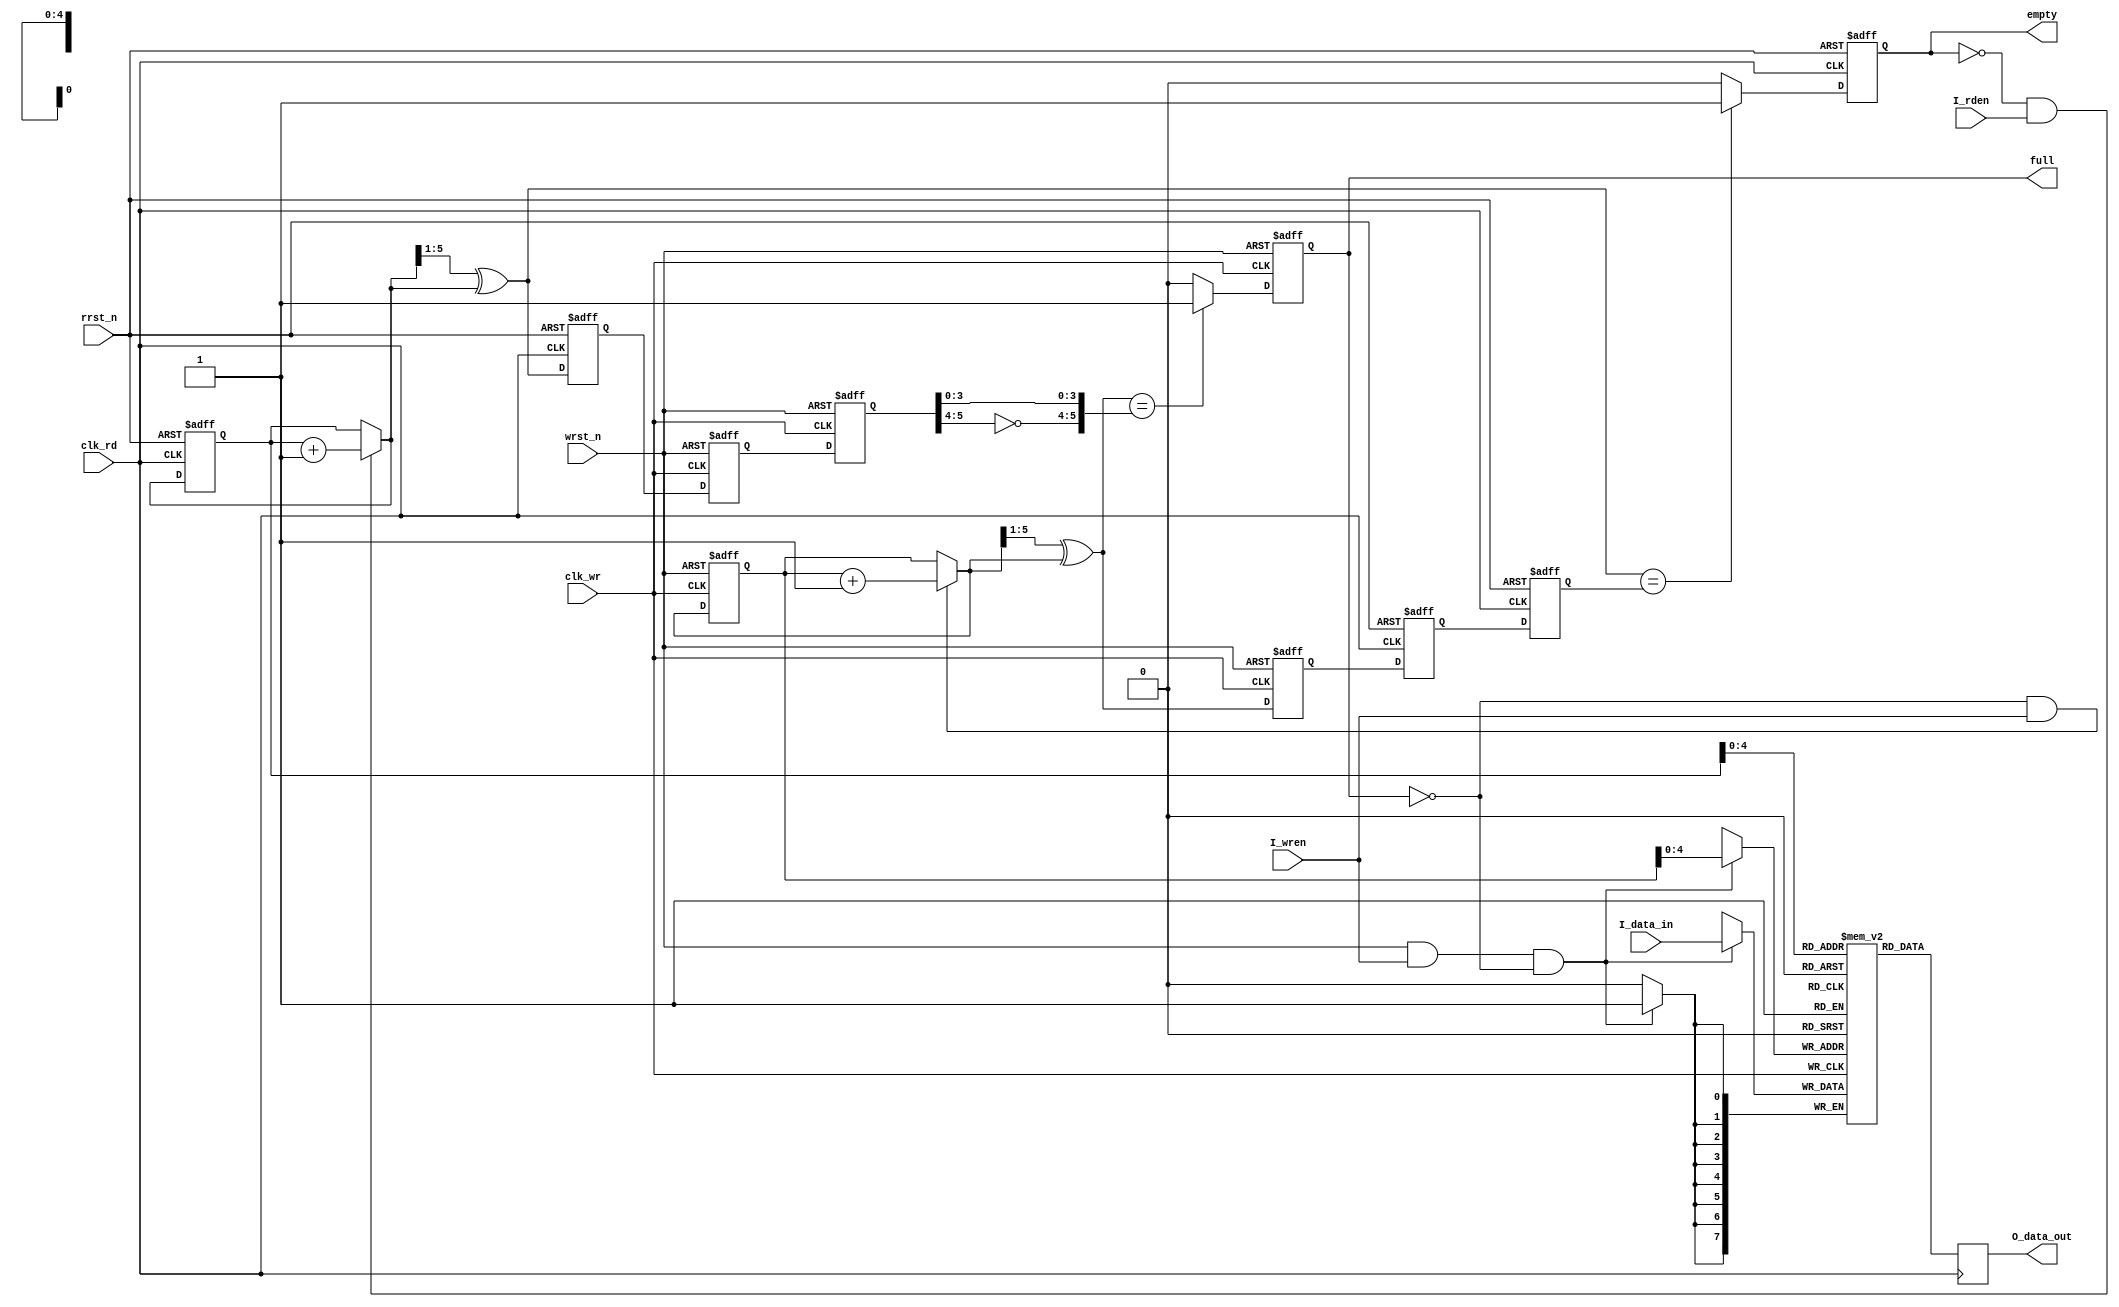
//////////////////////////////////////////////////////////////////////////////////////////
// 
// Project Name:   
// Module Name:   async_fifo
// 
// Version:       1.0
// Description: 
// 
// Modification History:
// Date                   Change Descripton
// ---------------------------------------------------------------------------------------
// 2022-04-05             Initial
// 
//////////////////////////////////////////////////////////////////////////////////////////

`default_nettype none
module async_fifo
#(  parameter DATAWIDTH = 8 ,
    parameter ADDRWIDTH = 5 )
(
    input  wire                 clk_wr,
    input  wire                 clk_rd,
    input  wire                 wrst_n,
    input  wire                 rrst_n,
    input  wire  [7:0]          I_data_in,
    input  wire                 I_wren,
    output reg   [7:0]          O_data_out,
    input  wire                 I_rden,
    output reg                  full,
    output reg                  empty
); 

//----------------variable declaration--------------//
reg  [ADDRWIDTH:0] wrptr,wrptr_r1,wrptr_r2,rdptr,rdptr_r1,rdptr_r2;
reg  [ADDRWIDTH:0] wrbin,rdbin;
wire [ADDRWIDTH:0] wrptr_next,rdptr_next,wrbin_next,rdbin_next;
wire [ADDRWIDTH-1:0] wraddr,rdaddr;

//----------------Dual port RAM---------------------//
localparam DATADEPTH = 1<<ADDRWIDTH;
reg [DATAWIDTH-1:0] fifo_ram [DATADEPTH-1:0];
always @(posedge clk_wr) 
begin
    if(wrst_n & I_wren & !full) begin
        fifo_ram[wraddr] <= I_data_in;
    end
end
always@(posedge clk_rd)
begin
    O_data_out <= fifo_ram[rdaddr];
end

//----------------------CDC---------------------------//
always@(posedge clk_wr or negedge wrst_n)
begin
    if(!wrst_n) begin
        rdptr_r1 <= 0;
        rdptr_r2 <= 0;
    end else begin
        rdptr_r1 <= rdptr;
        rdptr_r2 <= rdptr_r1;
    end
end
always@(posedge clk_rd or negedge rrst_n)
begin
    if(!rrst_n) begin
        wrptr_r1 <= 0;
        wrptr_r2 <= 0;
    end else begin
        wrptr_r1 <= wrptr;
        wrptr_r2 <= wrptr_r1;
    end
end

//-------------empty/full judgement-------------------//
always @(posedge clk_wr or negedge wrst_n) 
begin
    if(!wrst_n) begin
        wrptr <= 0;
        wrbin <= 0;
    end else begin
        wrptr <= wrptr_next;
        wrbin <= wrbin_next;
    end    
end
assign wrbin_next = (!full & I_wren) ? (wrbin+1) : wrbin;
assign wrptr_next = (wrbin_next>>1) ^ wrbin_next;
assign wraddr = wrbin[ADDRWIDTH-1:0];
always@(posedge clk_wr or negedge wrst_n)
begin
   if(!wrst_n) begin
       full <= 0;
   end else begin
       full <= (wrptr_next=={~rdptr_r2[ADDRWIDTH:ADDRWIDTH-1],rdptr_r2[ADDRWIDTH-2:0]}) ? 1'b1 : 1'b0;
   end
end


always @(posedge clk_rd or negedge rrst_n) 
begin
    if(!rrst_n) begin
        rdptr <= 0;
        rdbin <= 0;
    end else begin
        rdptr <= rdptr_next;
        rdbin <= rdbin_next;
    end    
end
assign rdbin_next = (!empty & I_rden) ? (rdbin+1) : rdbin;
assign rdptr_next = (rdbin_next>>1) ^ rdbin_next;
assign rdaddr = rdbin[ADDRWIDTH-1:0];
always@(posedge clk_rd or negedge rrst_n)
begin
   if(!rrst_n) begin
       empty <= 1;
   end else begin
       empty <= (rdptr_next==wrptr_r2) ? 1'b1 : 1'b0;
   end
end

endmodule
`default_nettype wire